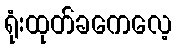
ရုံးထုတ်ခကေလေ့